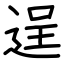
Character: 逞